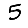
Digit: 5